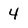
Character: 4